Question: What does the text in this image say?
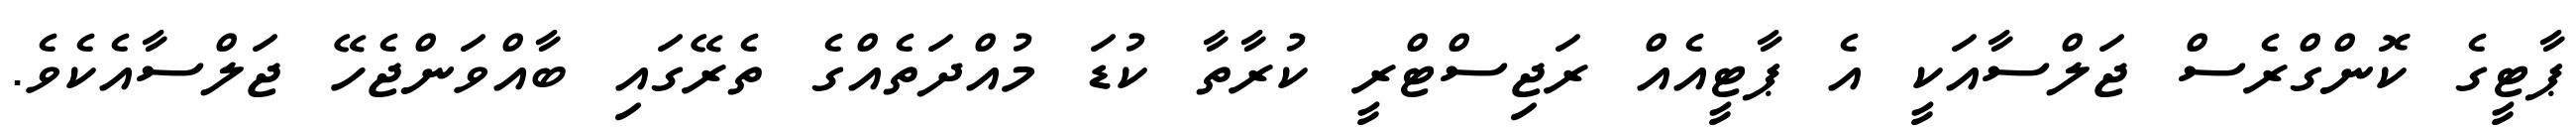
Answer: ޕާޓީގެ ކޮންގްރެސް ޖަލްސާއަކީ އެ ޕާޓީއެއް ރަޖިސްޓްރީ ކުރާތާ ކުޑަ މުއްދަތެއްގެ ތެރޭގައި ބާއްވަންޖެހޭ ޖަލްސާއެކެވެ.